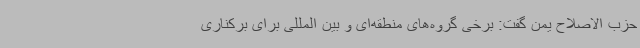
حزب الاصلاح یمن گفت: برخی گروه‌های منطقه‌ای و بین المللی برای برکناری